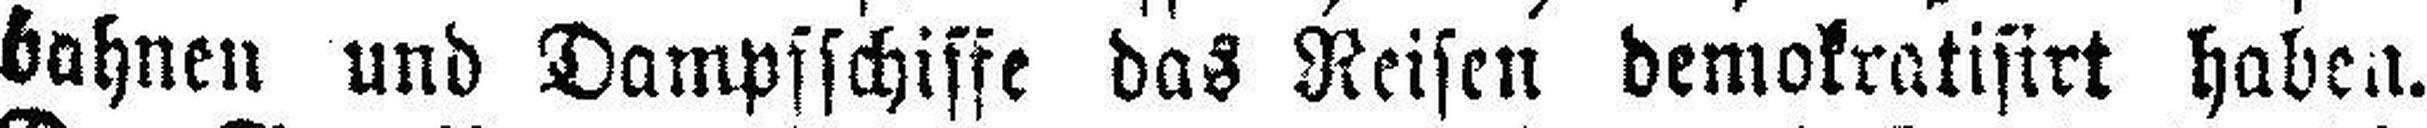
bahnen und Dampsschiffe das Reisen demokratisirt haben.